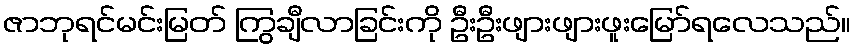
ဇာဘုရင်မင်းမြတ် ကြွချီလာခြင်းကို ဦးဦးဖျားဖျားဖူးမြော်ရလေသည်။